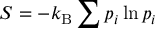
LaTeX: S = - k _ { \mathrm { B } } \sum p _ { i } \ln p _ { i }